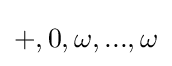
+,0,\omega ,...,\omega